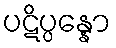
ပဋိပ္ပန္နော